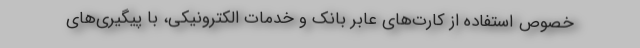
خصوص استفاده از کارت‌های عابر بانک و خدمات الکترونیکی، با پیگیری‌های